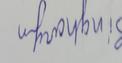
Signature authenticity: forged